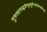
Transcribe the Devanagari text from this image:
गुरुत्यागाद्भवेन्मृत्युर्मन्त्रत्यागाद्दरिद्रता